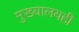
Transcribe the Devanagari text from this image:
मुख्यालयही